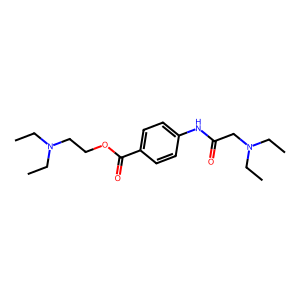
SMILES: CCN(CC)CCOC(=O)c1ccc(NC(=O)CN(CC)CC)cc1
Inhibits HIV replication: No